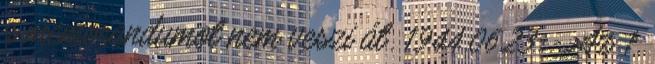
a memorandumot nem veszi át. 1944.06.23. - Az 1.